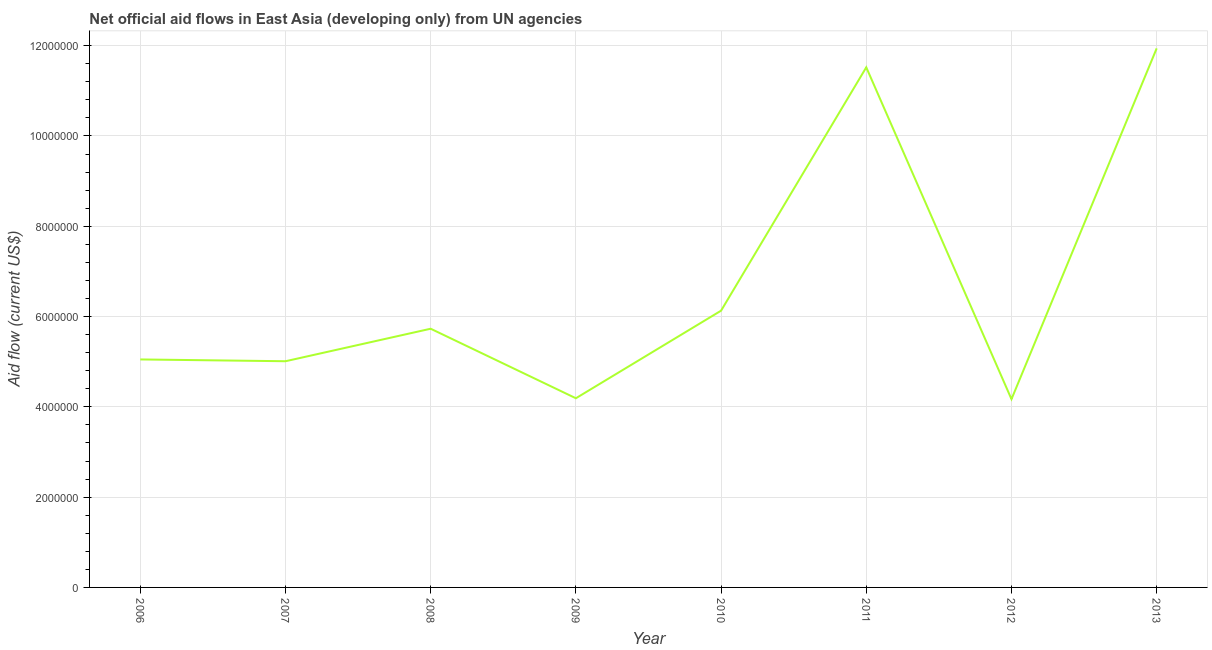
| Year | Net official flows from UN agencies |
 | --- | --- |
 | 2006 | 5.05e+06 |
 | 2007 | 5.01e+06 |
 | 2008 | 5.73e+06 |
 | 2009 | 4.19e+06 |
 | 2010 | 6.13e+06 |
 | 2011 | 1.15e+07 |
 | 2012 | 4.17e+06 |
 | 2013 | 1.19e+07 |